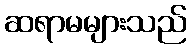
ဆရာမများသည်